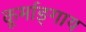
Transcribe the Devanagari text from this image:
कूर्माङ्गाय